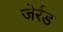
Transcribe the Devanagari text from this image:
जेर्रड